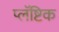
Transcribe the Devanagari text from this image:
प्लॅष्टिक